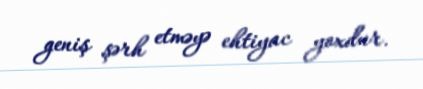
geniş şərh etməyə ehtiyac yoxdur.